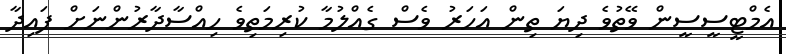
އެމްޓީސީސީން ވޭތުވެ ދިޔަ ތިން އަހަރު ވެސް ގެއްލުމާ ކުރިމަތިވެ ހިއްސާދާރުންނަށް ފައިދާ